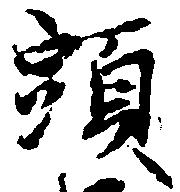
頭